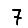
Digit: 7